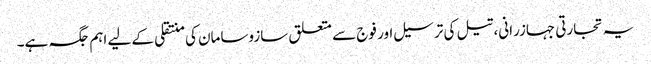
یہ تجارتی جہازرانی، تیل کی ترسیل اور فوج سے متعلق سازوسامان کی منتقلی کے لیے اہم جگہ ہے۔